Leaving Certificate Examination, 1903
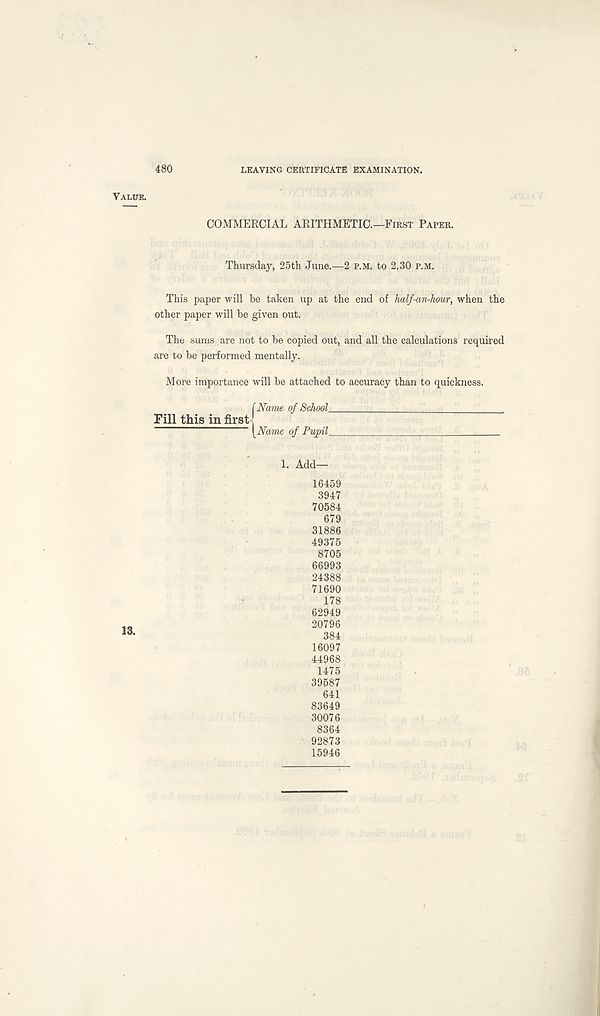
480
LEAVING CERTIFICATE EXAMINATION.
Value.
COMMERCIAL ARITHMETIC.—First Parer.
Thursday, 25th June.—2 p.m. to 2.30 p.m.
This paper will be taken up at the end of half-an-hour, when the
other paper will be given out.
The sums are not to be copied out, and all the calculations required
are to be performed mentally.
More importance will be attached to accuracy than to quickness.
f Name of School
Fill this in first;
[Name of Pupil
1. Add-
13.
16459
3947
70584
679
31886
49375
8705
66993
24388
71690
178
62949
20796
384
16097
44968
1475
39587
641
83649
30076
8364
92873
15946